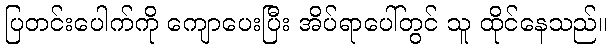
ပြတင်းပေါက်ကို ကျောပေးပြီး အိပ်ရာပေါ်တွင် သူ ထိုင်နေသည်။